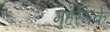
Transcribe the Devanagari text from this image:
मुहर्रमके